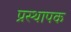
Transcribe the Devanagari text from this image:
प्रस्थापक